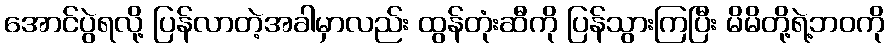
အောင်ပွဲရလို့ ပြန်လာတဲ့အခါမှာလည်း ထွန်တုံးဆီကို ပြန်သွားကြပြီး မိမိတို့ရဲ့ဘဝကို